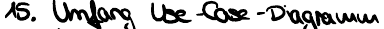
15. Umfang Use-Case-Diagramm